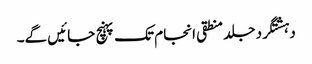
دہشتگرد جلد منطقی انجام تک پہنچ جائیں گے۔